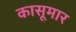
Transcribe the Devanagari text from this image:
कासूमार